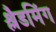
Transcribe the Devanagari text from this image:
श्लैडमिंग